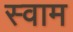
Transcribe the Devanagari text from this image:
स्वाम